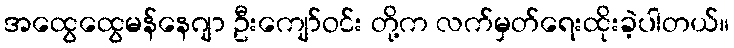
အထွေထွေမန်နေဂျာ ဦးကျော်ဝင်း တို့က လက်မှတ်ရေးထိုးခဲ့ပါတယ်။